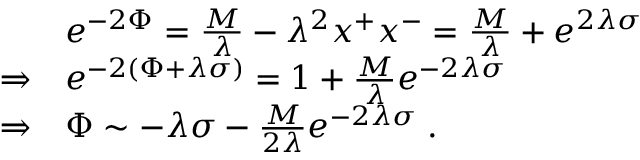
\begin{array} { l l } { { \ } } & { { e ^ { - 2 \Phi } = { \frac { M } { \lambda } } - \lambda ^ { 2 } x ^ { + } x ^ { - } = { \frac { M } { \lambda } } + e ^ { 2 \lambda \sigma } } } \\ { { \Rightarrow } } & { { e ^ { - 2 \left( \Phi + \lambda \sigma \right) } = 1 + { \frac { M } { \lambda } } e ^ { - 2 \lambda \sigma } } } \\ { { \Rightarrow } } & { { \Phi \sim - \lambda \sigma - { \frac { M } { 2 \lambda } } e ^ { - 2 \lambda \sigma } \; . } } \end{array}